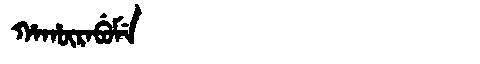
Manchu: ᡥᠠᡥᡡᡵᠠᠪᡠᠮᡝ
Romanization: HAHŪRABUME